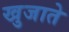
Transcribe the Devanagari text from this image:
खुजाते